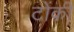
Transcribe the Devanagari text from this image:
टोंकी